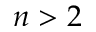
n > 2